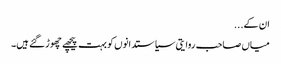
ان کے...
میاں صاحب روایتی سیاستدانوں کو بہت پیچھے چھوڑ گئے ہیں۔